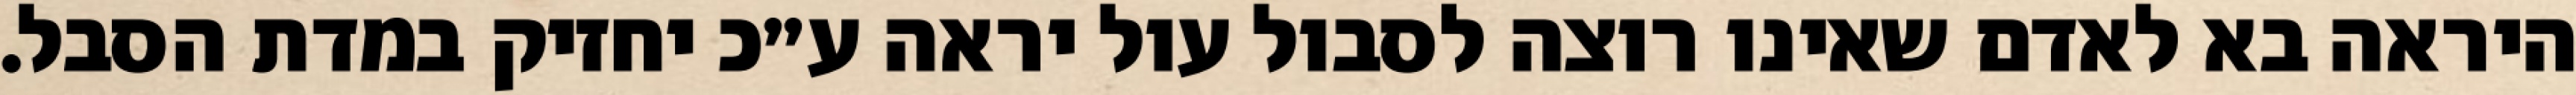
היראה בא לאדם שאינו רוצה לסבול עול יראה ע״כ יחזיק במדת הסבל.